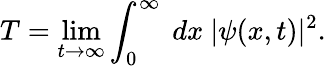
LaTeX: T=\operatorname*{lim}_{t\rightarrow\infty}\int_{0}^{\infty}\ dx\ |\psi(x,t)|^{2}.